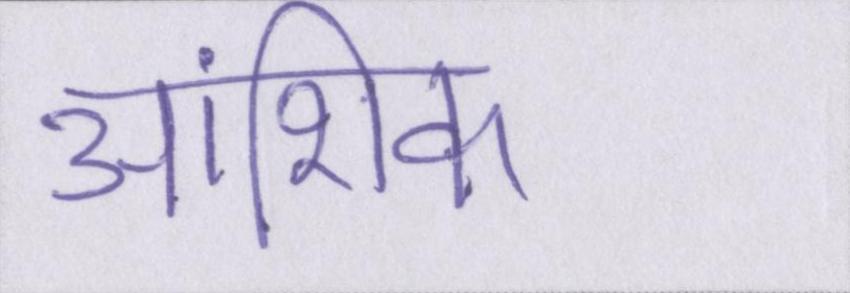
आंशिक